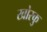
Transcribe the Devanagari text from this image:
खोरकु